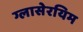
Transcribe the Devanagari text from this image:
ग्लासेरयिम